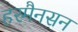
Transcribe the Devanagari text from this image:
हरमैनसन